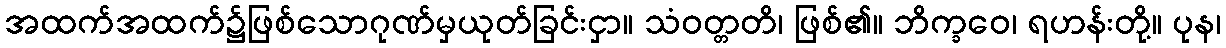
အထက်အထက်၌ဖြစ်သောဂုဏ်မှယုတ်ခြင်းငှာ။ သံဝတ္တတိ၊ ဖြစ်၏။ ဘိက္ခဝေ၊ ရဟန်းတို့။ ပုန၊